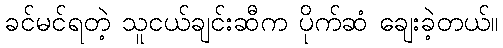
ခင်မင်ရတဲ့ သူငယ်ချင်းဆီက ပိုက်ဆံ ချေးခဲ့တယ်။